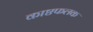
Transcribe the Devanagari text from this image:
काष्ठफलक